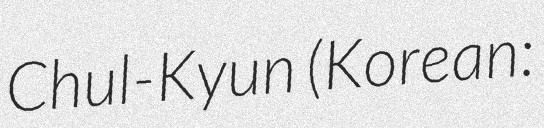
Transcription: Chul-Kyun (Korean: